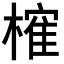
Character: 𣙜